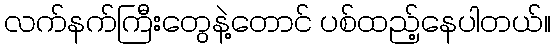
လက်နက်ကြီးတွေနဲ့တောင် ပစ်ထည့်နေပါတယ်။